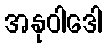
အနုဝါဒေါ